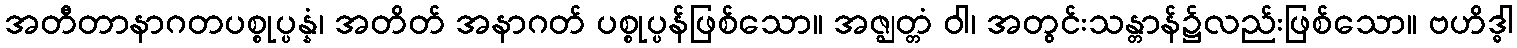
အတီတာနာဂတပစ္စုပ္ပန္နံ၊ အတိတ် အနာဂတ် ပစ္စုပ္ပန်ဖြစ်သော။ အဇ္ဈတ္တံ ဝါ၊ အတွင်းသန္တာန်၌လည်းဖြစ်သော။ ဗဟိဒ္ဓါ